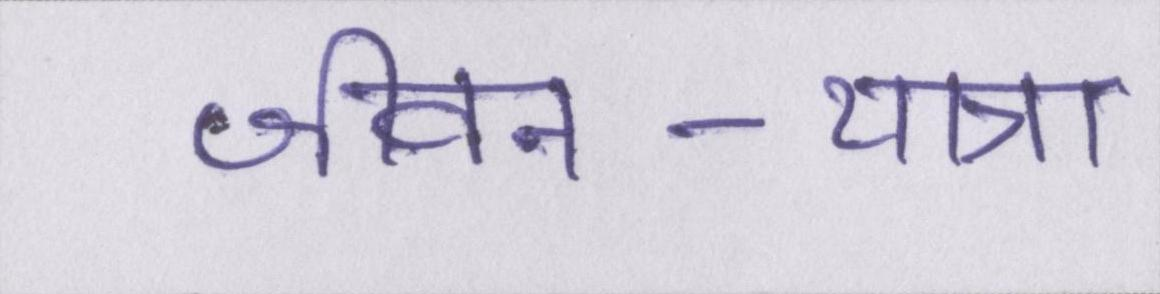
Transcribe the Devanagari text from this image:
जीवन-यात्रा